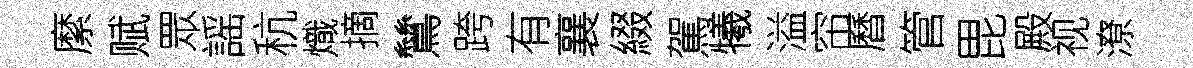
縻赋眾謡秔熾摘鷥跨有襄綴駕犧溢帘曆管毘殿视潦